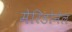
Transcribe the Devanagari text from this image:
मेरिडोनेल